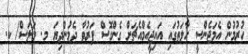
ހުރުމުން އެމަޖެންސީ ހާލަތުގައި އައިޖީއެމްއެޗަށް ގެންގޮސް ފަރުވާ ދެމުންދިޔަ މ. މަލަސް/ ކ.